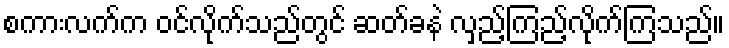
စကားလက်က ဝင်လိုက်သည်တွင် ဆတ်ခနဲ လှည့်ကြည့်လိုက်ကြသည်။